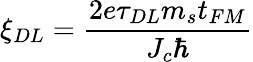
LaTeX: \xi_{DL}=\frac{2e\tau_{DL}m_{s}t_{FM}}{J_{c}\hbar}